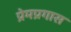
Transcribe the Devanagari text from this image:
प्रेमप्रगास